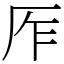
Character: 厏